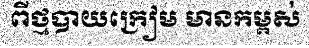
ពីថ្មបាយក្រៀម មានកម្ពស់